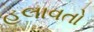
હલાવતો